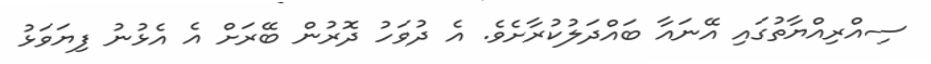
ސިއްރިއްޔާތުގައި އޭނައާ ބައްދަލުކުރާށެވެ. އެ ދުވަހު ދޮރުން ބޭރަށް އެ އެޅުނު ފިޔަވަޅު